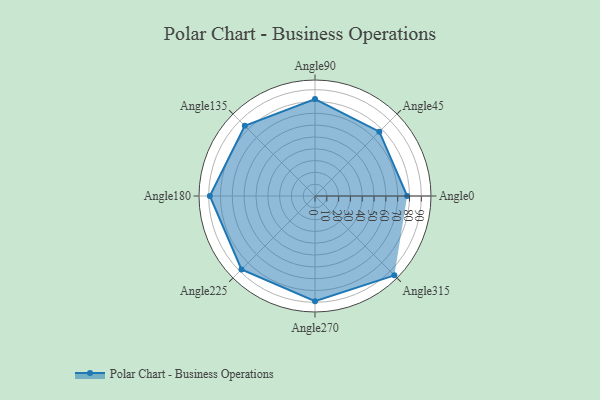
{"axis": {"x": "Angle", "y": "Radius"}, "legend": [""], "data": [{"x": "Angle0", "y": 78.0, "type": ""}, {"x": "Angle45", "y": 77.0, "type": ""}, {"x": "Angle90", "y": 82.0, "type": ""}, {"x": "Angle135", "y": 84.0, "type": ""}, {"x": "Angle180", "y": 89.0, "type": ""}, {"x": "Angle225", "y": 88.0, "type": ""}, {"x": "Angle270", "y": 89.0, "type": ""}, {"x": "Angle315", "y": 95.0, "type": ""}]}